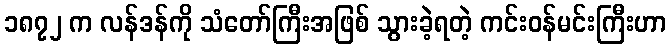
၁၈၇၂ က လန်ဒန်ကို သံတော်ကြီးအဖြစ် သွားခဲ့ရတဲ့ ကင်းဝန်မင်းကြီးဟာ